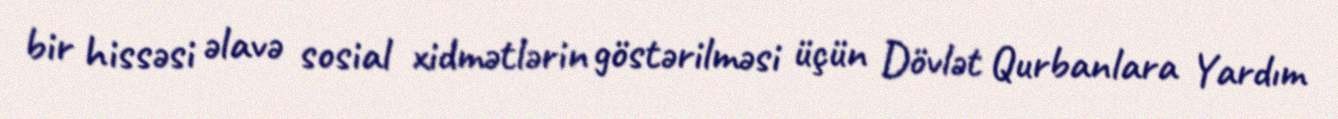
bir hissəsi əlavə sosial xidmətlərin göstərilməsi üçün Dövlət Qurbanlara Yardım